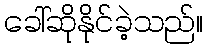
ခေါ်ဆိုနိုင်ခဲ့သည်။